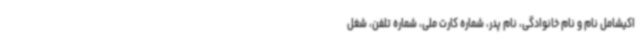
اکیشامل نام و نام خانوادگی، نام پدر، شماره کارت ملی، شماره تلفن، شغل